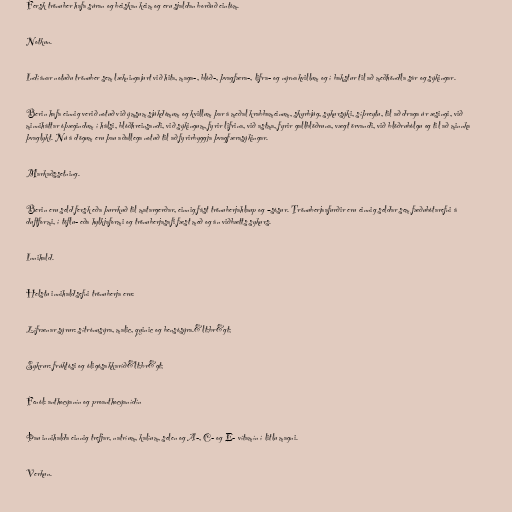
Fersk trönuber hafa súran og beiskan keim og eru sjaldan borðuð eintóm.

Notkun.

Indíánar notuðu trönuber sem lækningajurt við hita, maga-, blóð-, þvagfæra-, lifra- og nýrnakvillum og í bakstur til að meðhöndla sár og sýkingar.

Berin hafa einnig verið notuð við ýmsum sjúkdómum og kvillum þar á meðal krabbameinum, skyrbjúg, sykursýki, síþreytu, til að draga úr æsingi, við
minniháttar óþægindum í hálsi, blóðhreinsandi, við sýkingum, fyrir lifrina, við astma, fyrir gallblöðruna, vægt örvandi, við blöðrubólgu og til að minnka
þvaglykt. Nú á dögum eru þau aðallega notuð til að fyrirbyggja þvagfærasýkingar.

Markaðssetning.

Berin eru seld fersk eða þurrkuð til matargerðar, einnig fást trönuberjahlaup og –sósur. Trönuberjaafurðir eru einnig seldar sem fæðubótarefni á
duftformi, í töflu- eða hylkjaformi og trönuberjasafi fæst með og án viðbætts sykurs.

Innihald.

Helstu innihaldsefni trönuberja eru:

Lífrænar sýrur: sítrónusýra, malic, quinic og bensósýra.&lt;br&gt;

Sykrur: frúktósi og óligósakkaríð&lt;br&gt;

Fenól: anthocýanín og proanthocýanídín

Þau innihalda einnig trefjar, natríum, kalíum, selen og A-, C- og E- vítamín í litlu magni.

Verkun.